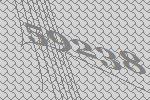
59238